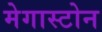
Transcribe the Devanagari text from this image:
मेगास्टोन